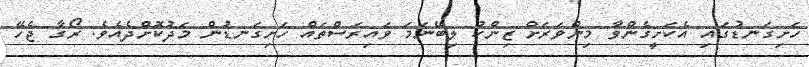
ހަށިގަނޑުގައި އެކަށީގެންވާ މިންވަރަށް ޒިންކު ލިބޭނަމަ ވައިރަސްތައް ހަށިގަނޑުން މަދުކޮށްދެއެވެ. ރޯގާ ޖެހޭ